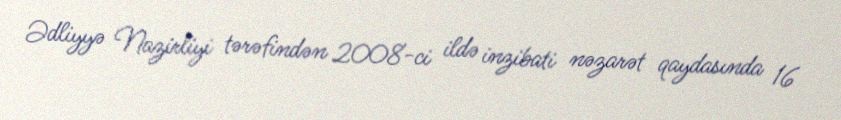
Ədliyyə Nazirliyi tərəfindən 2008-ci ildə inzibati nəzarət qaydasında 16